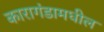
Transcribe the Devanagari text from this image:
कारागंडामधील